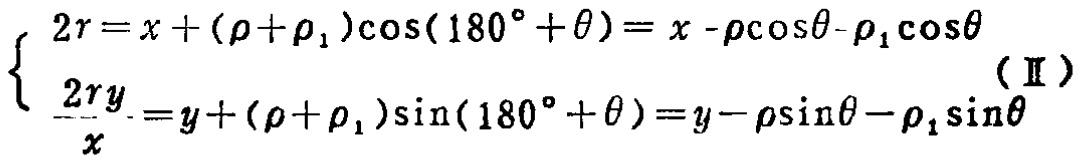
\[
\begin{cases}
2r = x + (\rho+\rho_{1})\cos(180^{\circ}+\theta)=x - \rho\cos\theta - \rho_{1}\cos\theta \\
\frac{2ry}{x}=y + (\rho+\rho_{1})\sin(180^{\circ}+\theta)=y - \rho\sin\theta - \rho_{1}\sin\theta
\end{cases} (\text{II})
\]